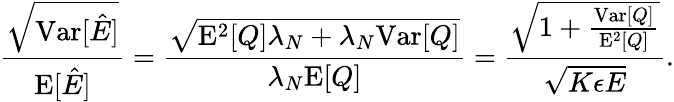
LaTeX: \frac{\sqrt{\mathrm{Var}[\hat{E}]}}{\mathrm{E}[\hat{E}]}=\frac{\sqrt{\mathrm{E}^{2}[Q]\lambda_{N}+\lambda_{N}\mathrm{Var}[Q]}}{\lambda_{N}\mathrm{E}[Q]}=\frac{\sqrt{1+\frac{\mathrm{Var}[Q]}{\mathrm{E}^{2}[Q]}}}{\sqrt{K\epsilon E}}.